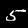
Label: 5